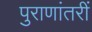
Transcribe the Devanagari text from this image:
पुराणांतरीं